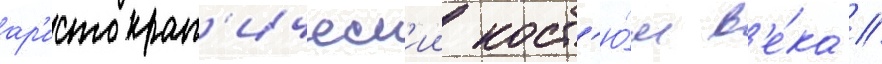
ар'истократ'ическ'ии кост'ю́м в'е́ка //